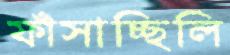
ফাঁসাচ্ছিলি